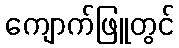
ကျောက်ဖြူတွင်